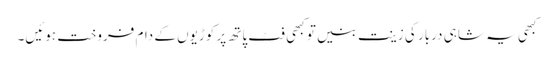
کبھی یہ شاہی دربار کی زینت بنیں تو کبھی فٹ پاتھ پر کوڑیوں کے دام فروخت ہوئیں۔